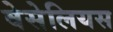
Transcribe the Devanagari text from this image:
वेसेलियस